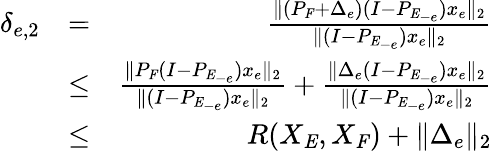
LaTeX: \begin{array}{rlr}{\delta_{e,2}}&{=}&{\frac{\| (P_{\mathit{F}}+\Delta_{e})(I-P_{\mathit{E}_{-e}})x_{e}\| _{2}}{\| (I-P_{\mathit{E}_{-e}})x_{e}\| _{2}}}\\ &{\leq}&{\frac{\| P_{\mathit{F}}(I-P_{\mathit{E}_{-e}})x_{e}\| _{2}}{\| (I-P_{\mathit{E}_{-e}})x_{e}\| _{2}}+\frac{\| \Delta_{e}(I-P_{\mathit{E}_{-e}})x_{e}\| _{2}}{\| (I-P_{\mathit{E}_{-e}})x_{e}\| _{2}}}\\ &{\leq}&{R(X_{\mathit{E}},X_{\mathit{F}})+\| \Delta_{e}\| _{2}}\end{array}